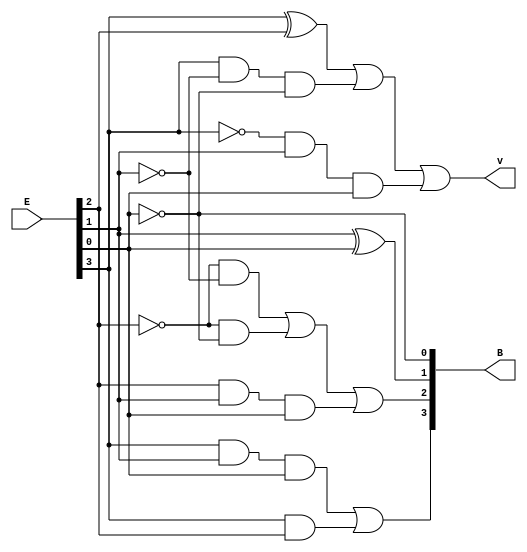
/*
v = E[3]E[2] + E[3]E[1]'E[0]' + E[3]'E[1]E[0]
B[3] = E[3]E[1]E[0] + E[3]E[2]
B[2] = E[2]'E[1]' + E[2]'E[0]' + E[2]E[1]E[0]
B[1] = E[1]  E[0]
B[0] = E[0]'
*/
module Lab2_converter_4bit_behavioral (input [3:0] E, output reg [3:0] B, output reg v);

    reg [3:0] n;
    always @(E or n)
    begin
        n = (~E);

        B[0] = ~E[0];
        B[1] = E[1] ^ E[0];
        B[2] = (~E[2])&(~E[1]) | (~E[2])&(~E[0]) | E[2]&E[1]&E[0];
        B[3] = E[3]&E[1]&E[0] | E[3]&E[2];
        v = E[3]^E[2] | E[3]&(~E[1])&(~E[0]) | (~E[3])&E[1]&E[0];
        
    end

endmodule